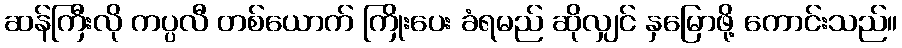
ဆန်ကြီးလို ကပ္ပလီ တစ်ယောက် ကြိုးပေး ခံရမည် ဆိုလျှင် နှမြောဖို့ ကောင်းသည်။